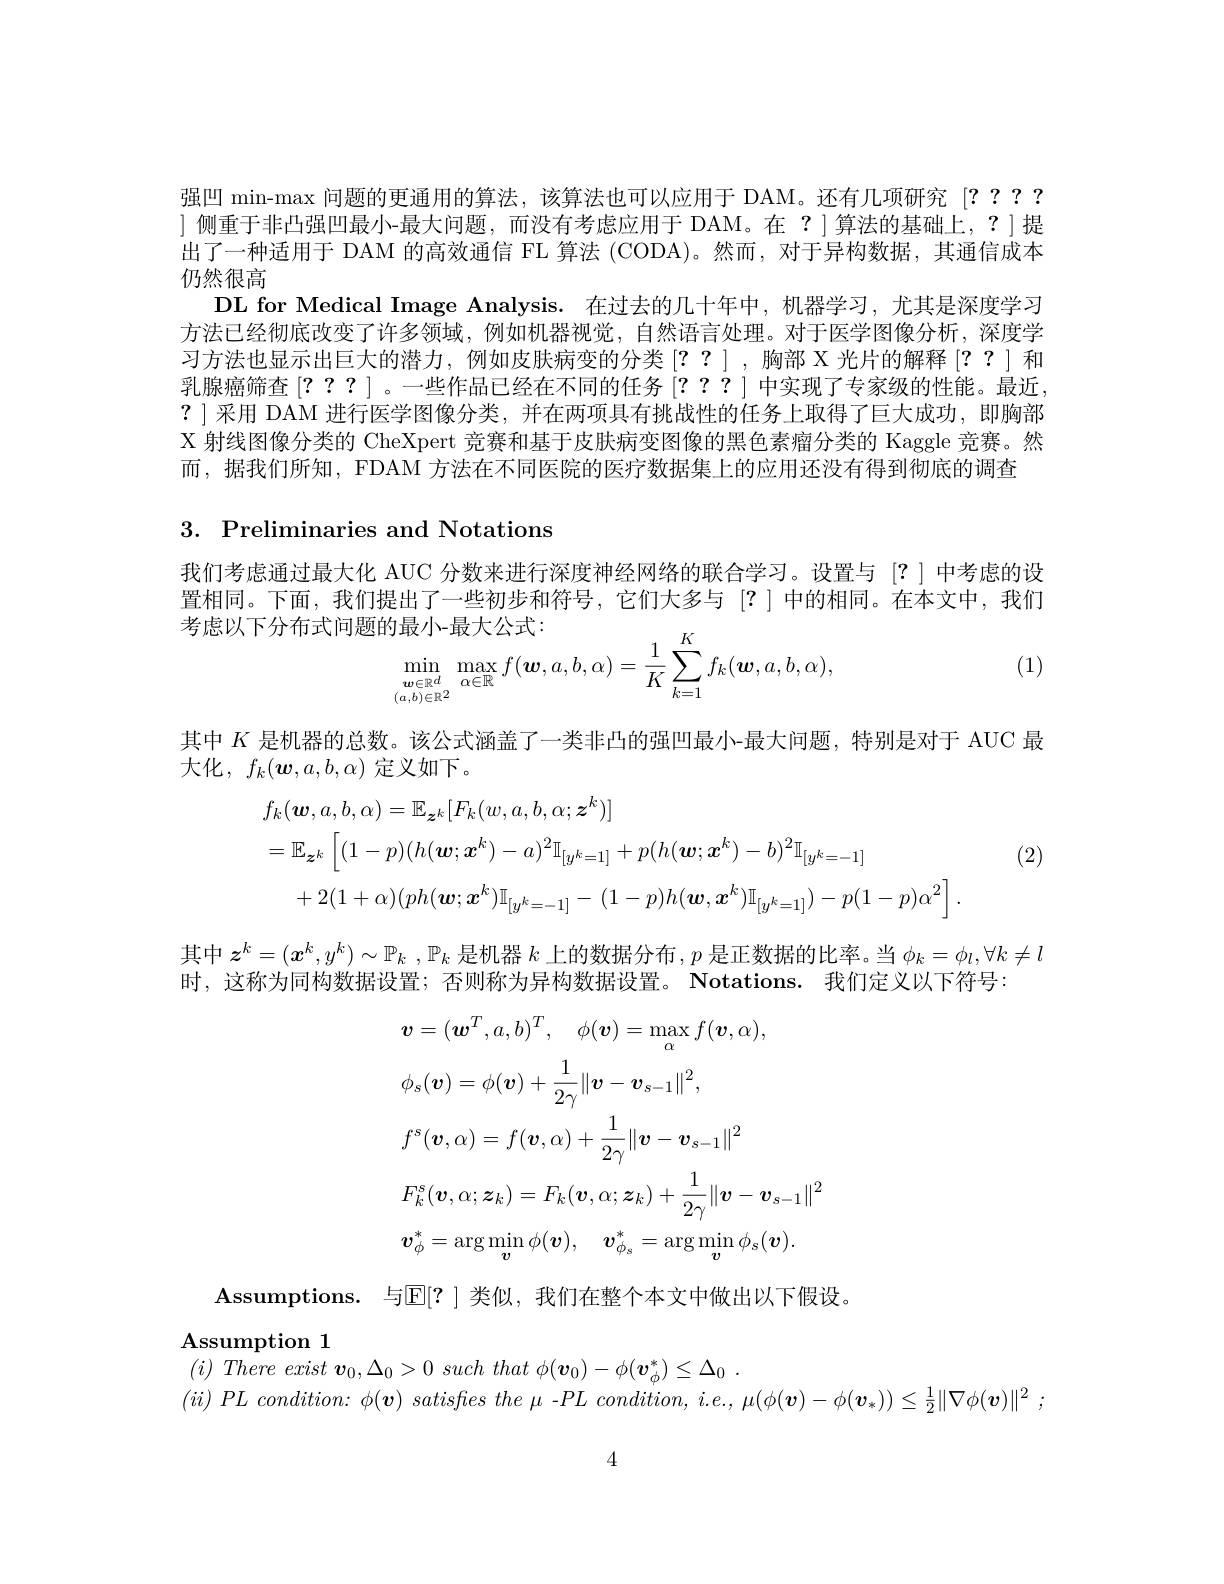
强凹 min-max 问题的更通用的算法，该算法也可以应用于 DAM。还有几项研究[???? ]侧重于非凸强凹最小-最大问题，而没有考虑应用于 DAM。在 ?]算法的基础上，?]提出了一种适用于 DAM 的高效通信 FL 算法 (CODA)。然而，对于异构数据，其通信成本仍然很高
DL for Medical Image Analysis. 在过去的几十年中，机器学习，尤其是深度学习方法已经彻底改变了许多领域，例如机器视觉，自然语言处理。对于医学图像分析，深度学习方法也显示出巨大的潜力，例如皮肤病变的分类[??],胸部 X 光片的解释[??]和乳腺癌筛查[????] 。一些作品已经在不同的任务[???]中实现了专家级的性能。最近， $?\mid$采用 DAM 进行医学图像分类，并在两项具有挑战性的任务上取得了巨大成功，即胸部X 射线图像分类的 CheXpert 竞赛和基于皮肤病变图像的黑色素瘤分类的 Kaggle 竞赛。然而 , 据我们所知 , FDAM 方法在不同医院的医疗数据集上的应用还没有得到彻底的调查

## 3. Preliminaries and Notations

我们考虑通过最大化 AUC 分数来进行深度神经网络的联合学习。设置与[?]中考虑的设置相同。下面，我们提出了一些初步和符号，它们大多与[?]中的相同。在本文中，我们

(1)
$$\begin{aligned}&\text{的最小-最大公式:}\\&\min_{\boldsymbol{w}\in\mathbb{R}^{d}}\max_{\alpha\in\mathbb{R}}f(\boldsymbol{w},a,b,\alpha)=\frac{1}{K}\sum_{k=1}^{K}f_{k}(\boldsymbol{w},a,b,\alpha),\end{aligned}$$
其中$K$是机器的总数。该公式涵盖了一类非凸的强凹最小-最大问题，特别是对于 AUC 最
大化$,f_k(\boldsymbol{w},a,b,\alpha)$定义如下。
$$\begin{aligned}&f_{k}(\boldsymbol{w},a,b,\alpha)=\mathbb{E}_{\boldsymbol{z}^{k}}[F_{k}(w,a,b,\alpha;\boldsymbol{z}^{k})]\\&=\mathbb{E}_{\boldsymbol{z}^{k}}\left[(1-p)(h(\boldsymbol{w};\boldsymbol{x}^{k})-a)^{2}\mathbb{I}_{[y^{k}=1]}+p(h(\boldsymbol{w};\boldsymbol{x}^{k})-b)^{2}\mathbb{I}_{[y^{k}=-1]}\\&+2(1+\alpha)(ph(\boldsymbol{w};\boldsymbol{x}^{k})\mathbb{I}_{[y^{k}=-1]}-(1-p)h(\boldsymbol{w},\boldsymbol{x}^{k})\mathbb{I}_{[y^{k}=1]})-p(1-p)\alpha^{2}\right].\end{aligned}$$
(2)

其中$z^k=(x^k,y^k)\sim\mathbb{P}_k$ , $\mathbb{P}_k$是机器$k$上的数据分布$,p$是正数据的比率。当$\phi_k=\phi_l,\forall k\neq l$
时，这称为同构数据设置；否则称为异构数据设置。Notations. 我们定义以下符号：
$$\begin{aligned}&\boldsymbol{v}=(\boldsymbol{w}^{T},a,b)^{T},\quad\phi(\boldsymbol{v})=\max_{\alpha}f(\boldsymbol{v},\alpha),\\&\phi_{s}(\boldsymbol{v})=\phi(\boldsymbol{v})+\frac{1}{2\gamma}\|\boldsymbol{v}-\boldsymbol{v}_{s-1}\|^{2},\\&f^{s}(\boldsymbol{v},\alpha)=f(\boldsymbol{v},\alpha)+\frac{1}{2\gamma}\|\boldsymbol{v}-\boldsymbol{v}_{s-1}\|^{2}\\&F_{k}^{s}(\boldsymbol{v},\alpha;\boldsymbol{z}_{k})=F_{k}(\boldsymbol{v},\alpha;\boldsymbol{z}_{k})+\frac{1}{2\gamma}\|\boldsymbol{v}-\boldsymbol{v}_{s-1}\|^{2}\\&\boldsymbol{v}_{\phi}^{*}=\arg\min_{\boldsymbol{v}}\phi(\boldsymbol{v}),\quad\boldsymbol{v}_{\phi_{s}}^{*}=\arg\min_{\boldsymbol{v}}\phi_{s}(\boldsymbol{v}).\end{aligned}$$
$\mathbf{A}$ssumptions.与$\mathbb{E}[?]$类似，我们在整个本文中做出以下假设。

## $\mathbf{A}$ssumption 1
$( i) \textit{There exist v}_{0}, \Delta _{0}> 0\textit{ such that }\phi ( \boldsymbol{v}_{0}) - \phi ( \boldsymbol{v}_{\phi }^{* }) \leq \Delta _{0}$ .

$( ii) PL\textit{ condition:  }\phi ( \boldsymbol{v}) \textit{ satisfies the - PL condition,  i. e. ,  }\mu ( \phi ( \boldsymbol{v}) - \phi ( \boldsymbol{v}_* ) ) \leq \frac 12\| \nabla \phi ( \boldsymbol{v}) \| ^2$ ;

4